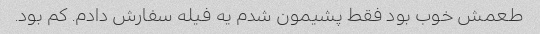
طعمش خوب بود فقط پشیمون شدم یه فیله سفارش دادم. کم بود.